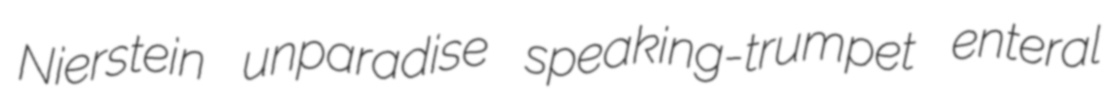
Nierstein unparadise speaking-trumpet enteral